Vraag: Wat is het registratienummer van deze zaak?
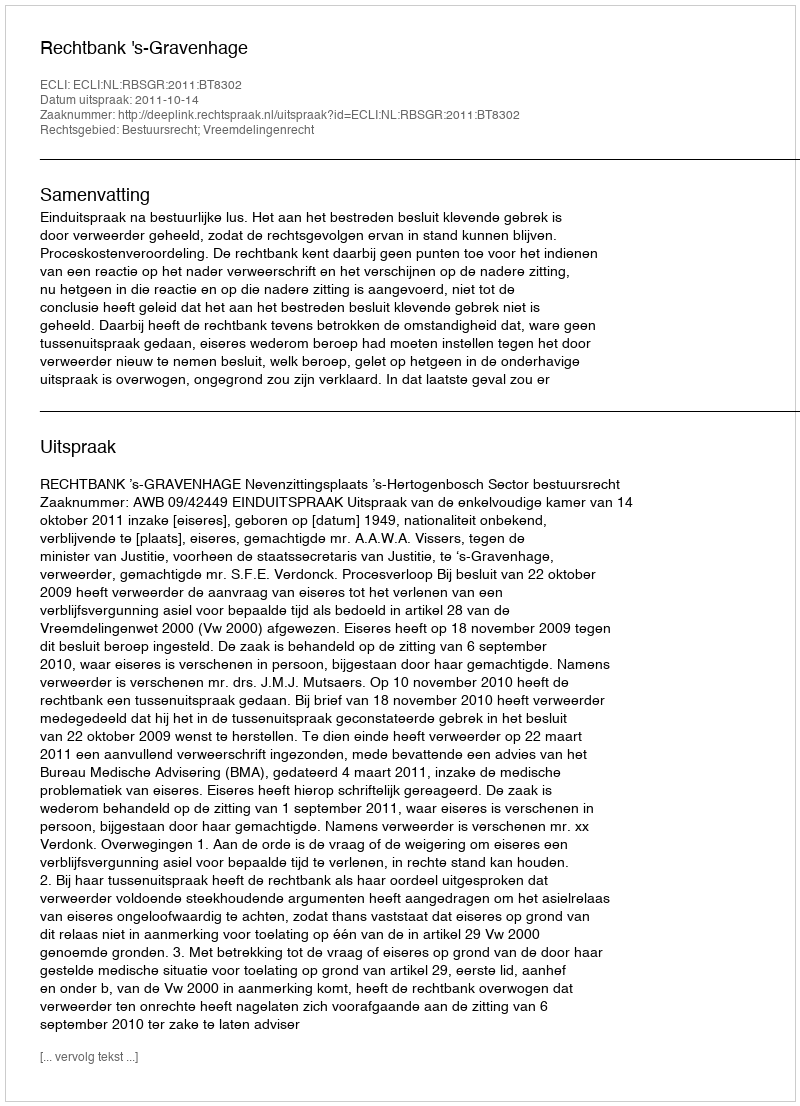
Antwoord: http://deeplink.rechtspraak.nl/uitspraak?id=ECLI:NL:RBSGR:2011:BT8302